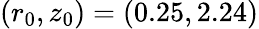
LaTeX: (r_{0},z_{0})=(0.25,2.24)